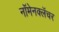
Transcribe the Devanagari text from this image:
नॉमेनक्लॅचर